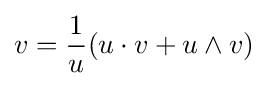
v={\frac {1}{u}}(u\cdot v+u\wedge v)